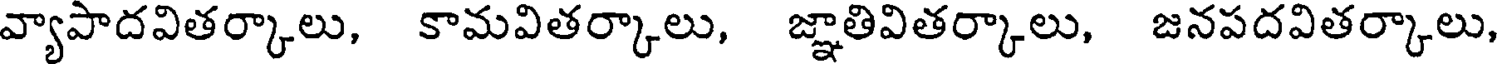
వ్యాపాదవితర్కాలు, కామవితర్కాలు, జ్ఞాతివితర్కాలు, జనపదవితర్కాలు,